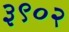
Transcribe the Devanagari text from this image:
३९०२